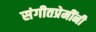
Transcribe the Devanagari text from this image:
संगीतप्रेमींनी